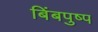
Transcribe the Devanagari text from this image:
बिंबपुष्प